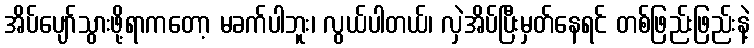
အိပ်ပျော်သွားဖို့ရာကတော့ မခက်ပါဘူး၊ လွယ်ပါတယ်၊ လှဲအိပ်ပြီးမှတ်နေရင် တစ်ဖြည်းဖြည်းနဲ့